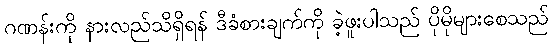
ဂဏန်းကို နားလည်သိရှိရန် ဒီခံစားချက်ကို ခဲ့ဖူးပါသည် ပိုမိုများစေသည်